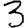
Digit: 3